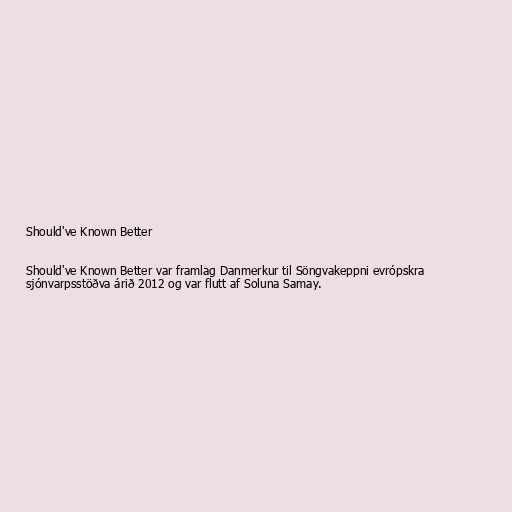
Should've Known Better

Should've Known Better var framlag Danmerkur til Söngvakeppni evrópskra
sjónvarpsstöðva árið 2012 og var flutt af Soluna Samay.